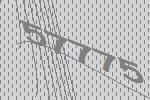
57775